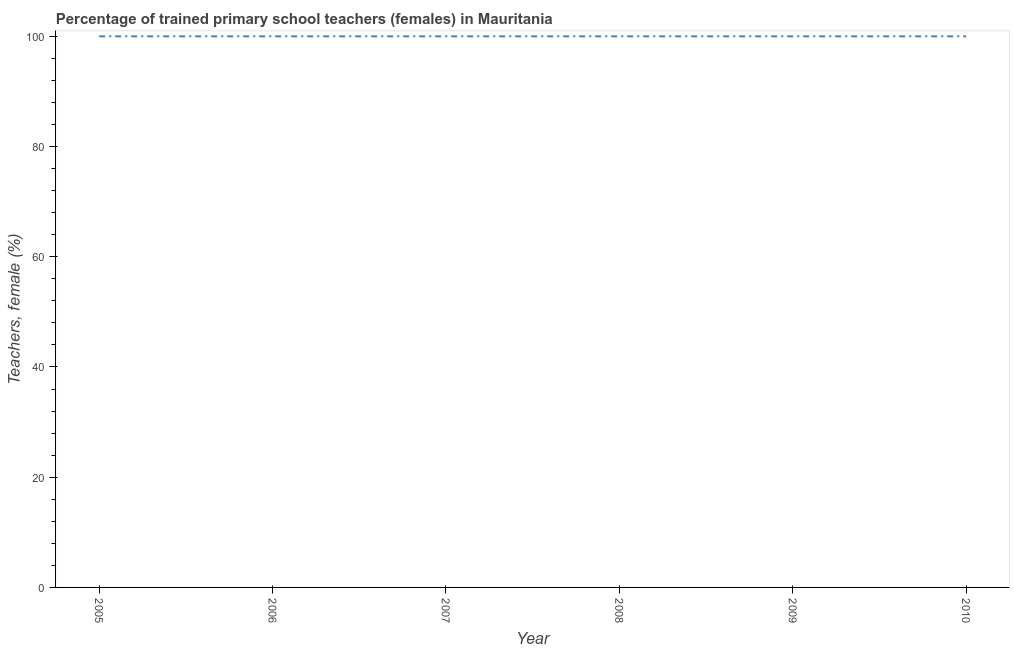
| Year | Trained teachers female |
 | --- | --- |
 | 2005 | 100 |
 | 2006 | 100 |
 | 2007 | 100 |
 | 2008 | 100 |
 | 2009 | 100 |
 | 2010 | 100 |